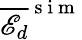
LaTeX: \overline{{\mathscr{E}_{d}}}^{\mathrm{~s~i~m~}}